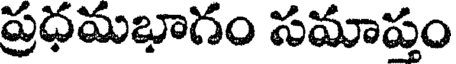
ప్రధమభాగం సమాప్తం